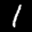
Label: 1